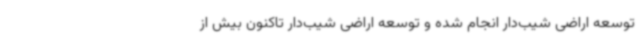
توسعه اراضی شیب‌دار انجام شده و توسعه اراضی شیب‌دار تاکنون بیش از